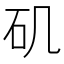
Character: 矶